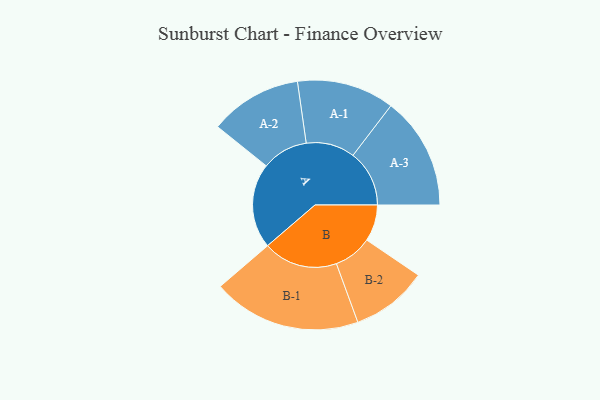
{"axis": {"x": "Segment", "y": "Value"}, "legend": ["", "A", "B"], "data": [{"x": "A", "y": 335, "type": ""}, {"x": "B", "y": 144, "type": ""}, {"x": "A-1", "y": 192, "type": "A"}, {"x": "A-2", "y": 182, "type": "A"}, {"x": "A-3", "y": 222, "type": "A"}, {"x": "B-1", "y": 293, "type": "B"}, {"x": "B-2", "y": 151, "type": "B"}]}